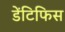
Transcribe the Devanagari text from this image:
डेंटिफिस